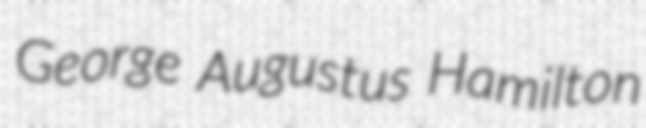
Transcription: George Augustus Hamilton